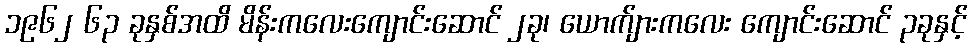
၁၉၆၂ ၆၃ ခုနှစ်အထိ မိန်းကလေးကျောင်းဆောင် ၂ခု၊ ယောက်ျားကလေး ကျောင်းဆောင် ၃ခုနှင့်